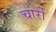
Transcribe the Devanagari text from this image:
चार्रो